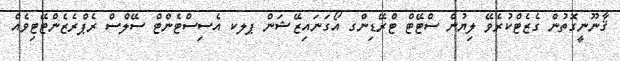
ޤާނޫނީގޮތުން ގެޒެޓްކުރެވޭ ލިޔުން ސްޓޭޓް ޓްރޭޑިންގ އޯގަނައިޒޭޝަން ޕލކ އެސިސްޓެންޓް ސޭލްސް ރެޕްރެޒެންޓޭޓިވެއް